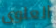
العلوى